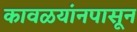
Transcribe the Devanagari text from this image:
कावळयांनपासून